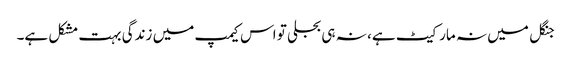
جنگل میں نہ مارکیٹ ہے، نہ ہی بجلی تو اس کیمپ میں زندگی بہت مشکل ہے۔